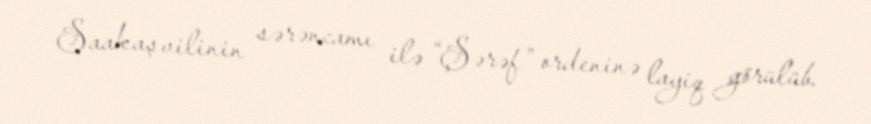
Saakaşvilinin sərəncamı ilə “Şərəf” ordeninə layiq görülüb.